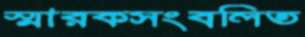
স্মারকসংবলিত